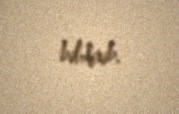
bildirib.